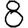
Digit: 8